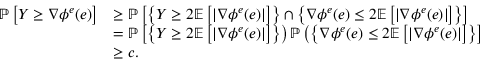
\begin{array} { r l } { \mathbb { P } \left[ Y \geq \nabla \phi ^ { e } ( e ) \right] } & { \geq \mathbb { P } \left[ \left\{ Y \geq 2 \mathbb { E } \left[ \left| \nabla \phi ^ { e } ( e ) \right| \right] \right\} \cap \left\{ \nabla \phi ^ { e } ( e ) \leq 2 \mathbb { E } \left[ \left| \nabla \phi ^ { e } ( e ) \right| \right] \right\} \right] } \\ & { = \mathbb { P } \left[ \left\{ Y \geq 2 \mathbb { E } \left[ \left| \nabla \phi ^ { e } ( e ) \right| \right] \right\} \right) \mathbb { P } \left( \left\{ \nabla \phi ^ { e } ( e ) \leq 2 \mathbb { E } \left[ \left| \nabla \phi ^ { e } ( e ) \right| \right] \right\} \right] } \\ & { \geq c . } \end{array}